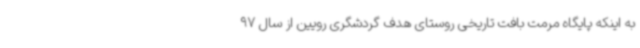
به اینکه پایگاه مرمت بافت تاریخی روستای هدف گردشگری رویین از سال 97